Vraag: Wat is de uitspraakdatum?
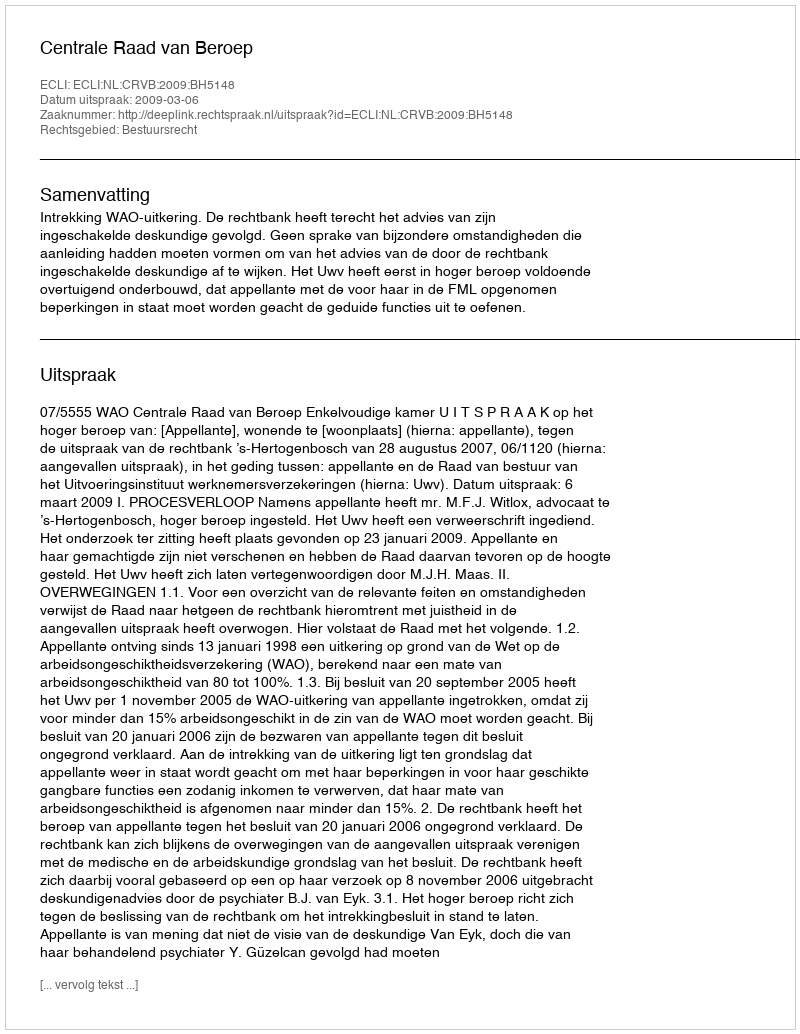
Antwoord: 2009-03-06